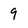
Character: 9